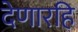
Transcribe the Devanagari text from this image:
देणारहि